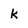
Character: k